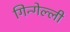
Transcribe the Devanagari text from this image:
गिन्गेल्ली